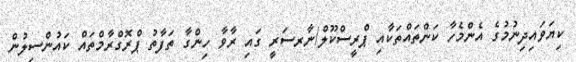
ކިޔަވައިދިނުމުގެ އެންމެހާ ކަންތައްތަކާއި ޕްރީސްކޫލް/ނާރސަރީ ގައި ރާވާ ހިންގާ ތަފާތު ޕްރޮގްރާމްތައް ކައުންސިލުން